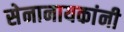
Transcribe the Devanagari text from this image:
सेनानायकांनी